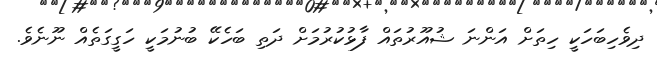
ދިވެހިބަހަކީ ހިތަށް އަންނަ ޝުއޫރުތައް ފާޅުކުރުމަށް ދަތި ބަހެކޭ ބުނުމަކީ ހަގީގަތެއް ނޫނެވެ.